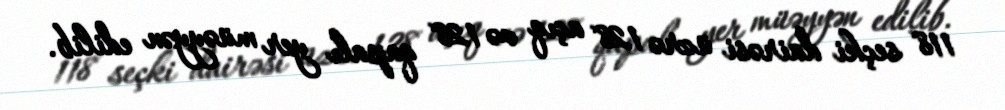
118 seçki dairəsi üzrə 128 açıq və 128 qapalı yer müəyyən edilib.